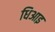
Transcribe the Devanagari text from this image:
धिआइ